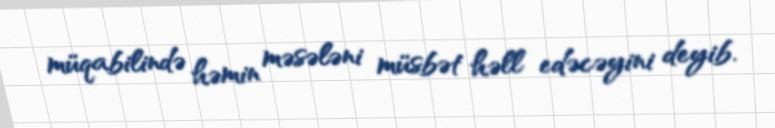
müqabilində həmin məsələni müsbət həll edəcəyini deyib.